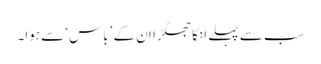
سب سے پہلے انکا جھگڑا ان کے ’باس‘ سے ہوا۔